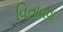
વિતાવવા